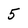
Character: 5